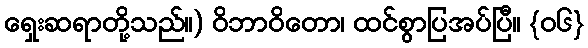
ရှေးဆရာတို့သည်။) ဝိဘာဝိတော၊ ထင်စွာပြအပ်ပြီ။ {၀၆}